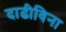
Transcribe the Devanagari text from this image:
दाढीविना